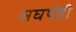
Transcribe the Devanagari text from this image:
सघर्षही